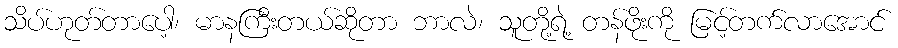
သိပ်ဟုတ်တာပေါ့၊ မာနကြီးတယ်ဆိုတာ ဘာလဲ၊ သူတို့ရဲ့ တန်ဖိုးကို မြင့်တက်လာအောင်